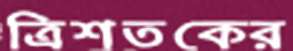
ত্রিশতকের